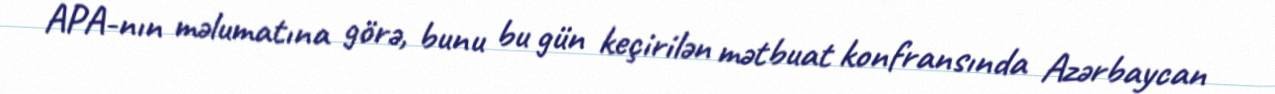
APA-nın məlumatına görə, bunu bu gün keçirilən mətbuat konfransında Azərbaycan